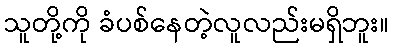
သူတို့ကို ခံပစ်နေတဲ့လူလည်းမရှိဘူး။